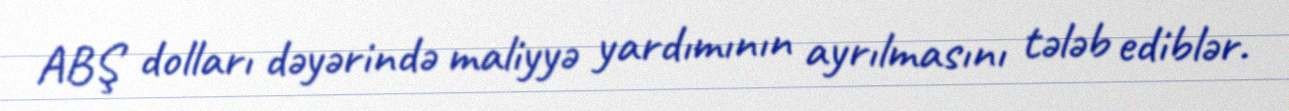
ABŞ dolları dəyərində maliyyə yardımının ayrılmasını tələb ediblər.